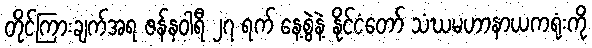
တိုင်ကြားချက်အရ ဇန်နဝါရီ ၂၇ ရက် နေ့စွဲနဲ့ နိုင်ငံတော် သံဃမဟာနာယကရုံးကို